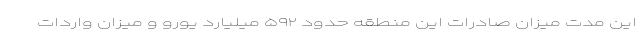
این مدت میزان صادرات این منطقه حدود ۵۹۲ میلیارد یورو و میزان واردات